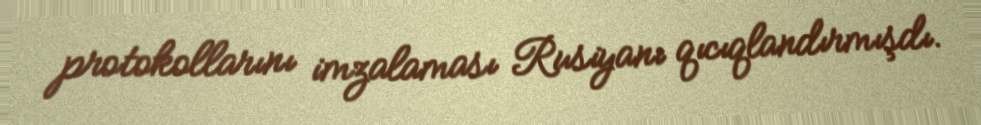
protokollarını imzalaması Rusiyanı qıcıqlandırmışdı.